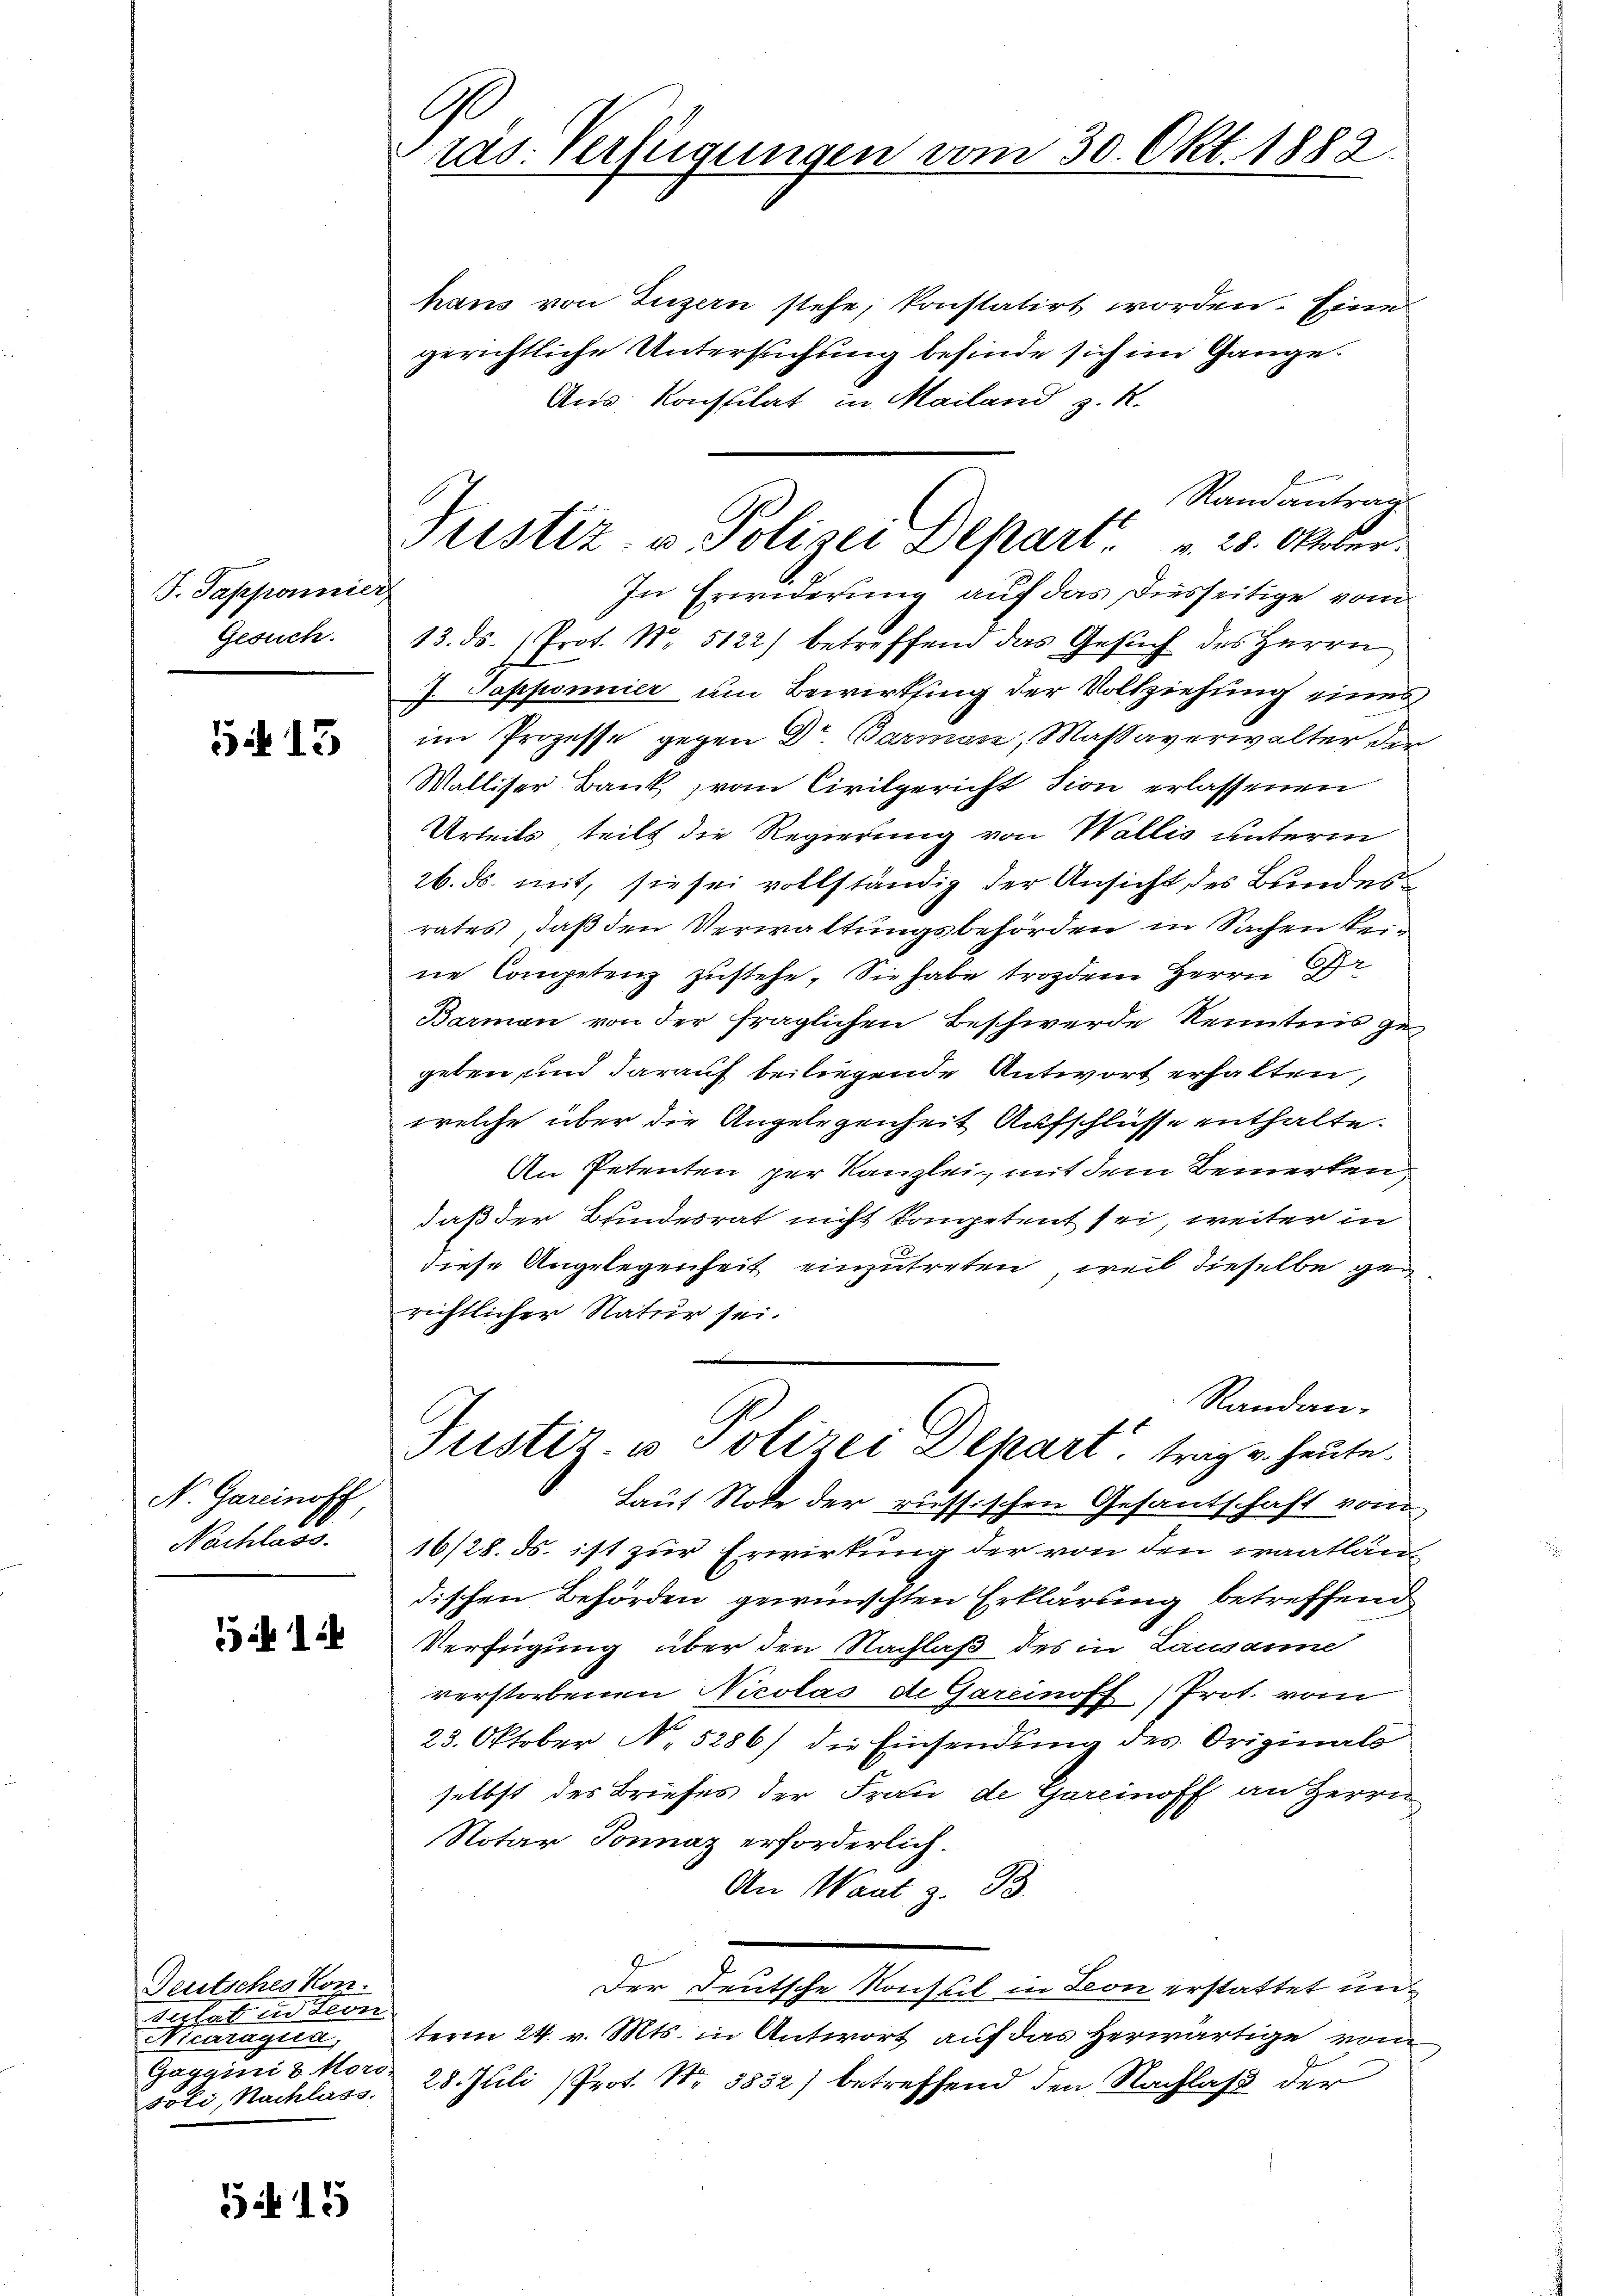
J. Tapponnier
Gesuch.

Si 13

N. Gareinoff
Nachlass.

1

Deutsches Kon
tulat in Leon
Nicaragua,
soli, Nachlass.

SA 15

G
ras. Verfügungen vom 30. Okt. 1888.

Pristiz- u. Polizei Depart. 25. Oktur.

hans von Luzern stehe, konstatirt worden. Eine
gerichtliche Untersuchung befinde sich im Gange.
Aus Konssitat in Mailand z. R.
Randantrag
In Erwiderung auf das Disseitige vom
13. ds. Prot. Nr. 5122) betreffend das Gesŭch des Herrn
J. Tapponier um Bewirksing der Vollziehung eines
im Prozesse gegen Dr. Barmen, Massaverwalter der
Walliser Bank, vom Civilgericht sion erlassenen
Urteils, teilt die Regierung von Wallis unterm
26. ds. mit, sie sei vollständig der Ansicht des Bundesrates, daß den Verwaltungsbehörden in Sachen keine Competenz zustehe. Sie habe trozdem Herrn A
Barman von der fraglichen Beschwerde Kenntnis gegeben, und darauf beiliegende Antwort erhalten,
welche über die Angelegenheit Aufschlüsse enthalte.
An Petenten per Kanzlei, mit dem Bemerken,
daß der Bundesrat nicht kompetent sei, weiter in
diese Angelegenheit einzutreten, weil dieselbe gerichtlicher Natur sei.
Randan-
Justiz- u Polizei Depart, trag u. heute.
Laut Note der riessischen Gesantschaft vom
16/28. ds. ist zur Erwirkung der von den waatlan
dischen Behörden gewünschten Erklärung betreffend
Verfügung über den Nachlaß des in Lausanne
verstorbenen Nicolas de Gareinoff) Prot. vom
23. Oktober No. 5286) die Einsendung des Originals
selbst des Briefes der Frau de Gareinoff an Herrn
Notar Sonnaz erforderlich.
An Waat z. B.
Der Deutsche Konsul in Leon erstattet unterm 24. v. Mts. in Antwort auf das herwärtige vom
Gaggini v. Mord 28. Juli Prot. Nr. 3852) betreffend den Nachlaß der

3